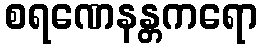
စရဏေနန္တကရော